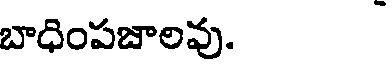
బాధింపజాలవు.